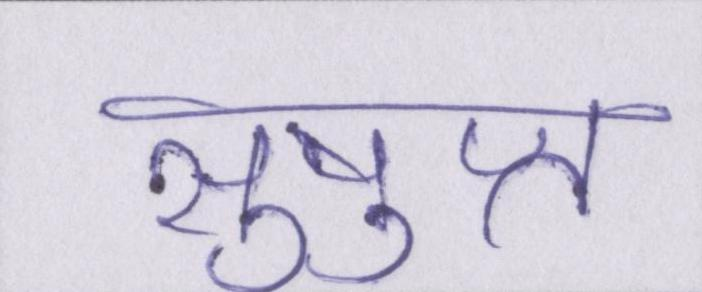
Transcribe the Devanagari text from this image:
सुषुप्त